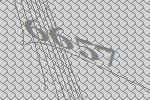
6657